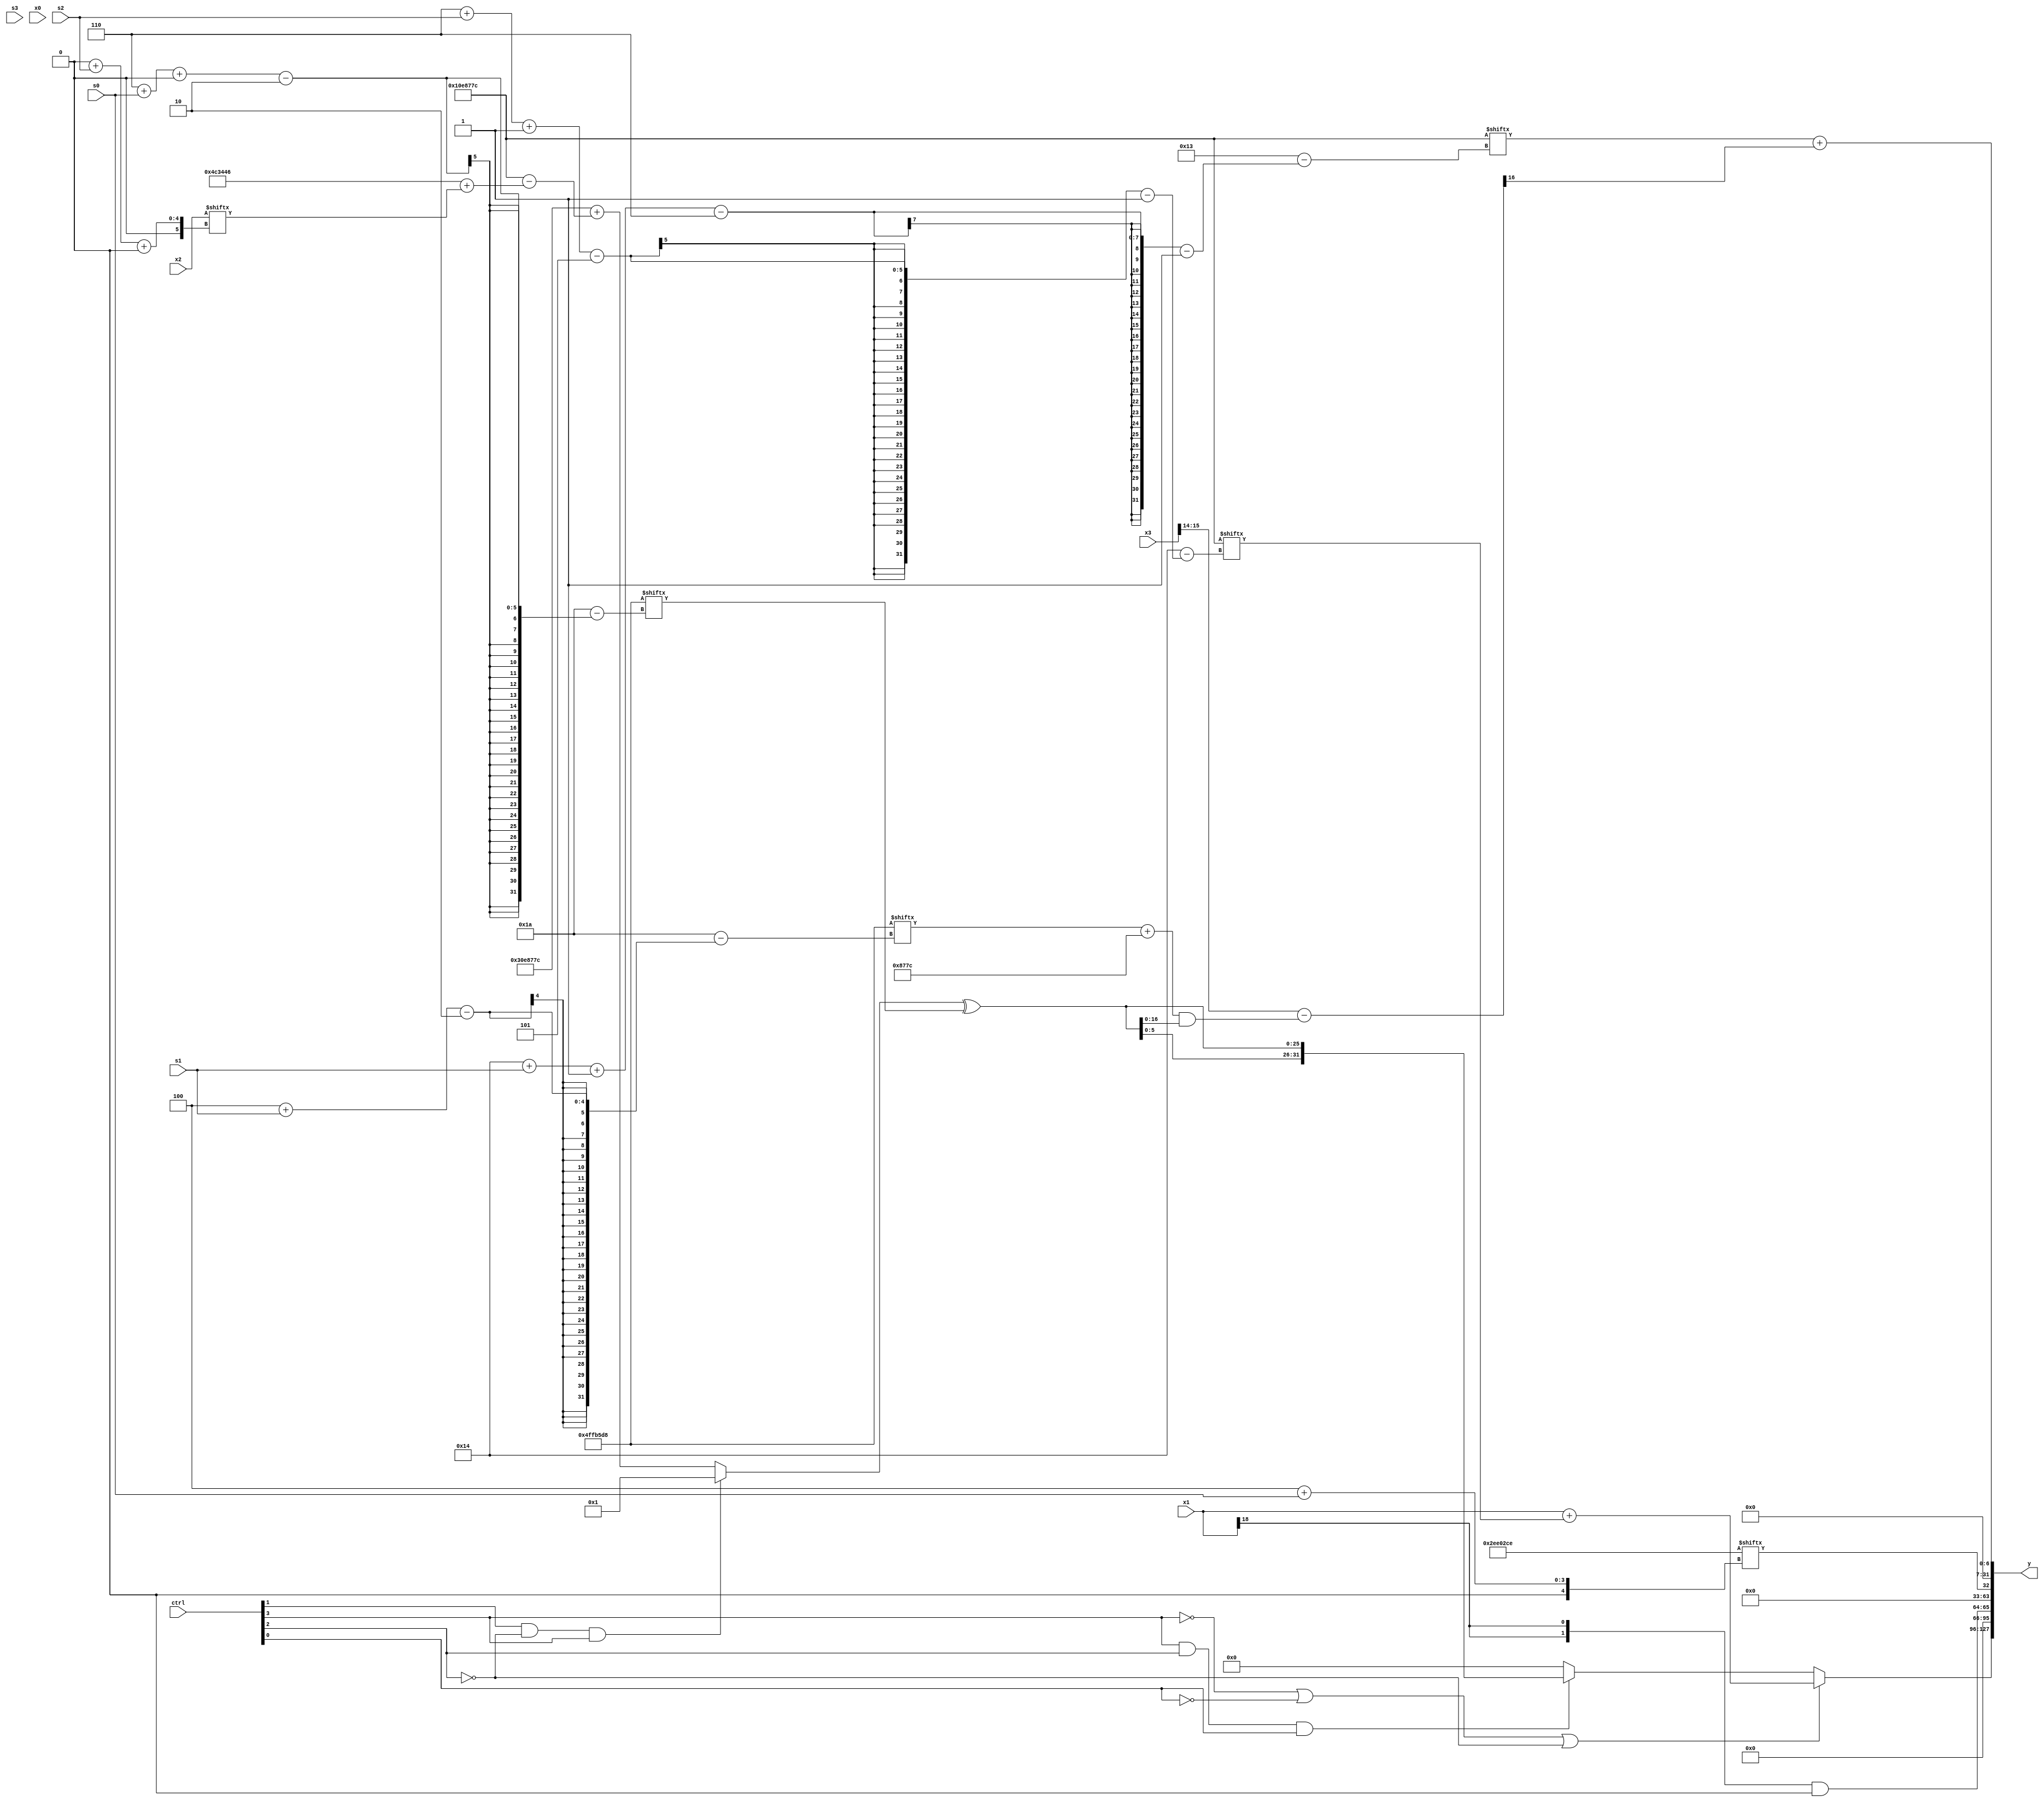
module partsel_00159(ctrl, s0, s1, s2, s3, x0, x1, x2, x3, y);
  input [3:0] ctrl;
  input [2:0] s0;
  input [2:0] s1;
  input [2:0] s2;
  input [2:0] s3;
  input [31:0] x0;
  input [31:0] x1;
  input signed [31:0] x2;
  input signed [31:0] x3;
  wire [4:29] x4;
  wire signed [28:2] x5;
  wire signed [5:31] x6;
  wire signed [1:25] x7;
  wire [1:26] x8;
  wire [0:26] x9;
  wire [28:3] x10;
  wire signed [6:24] x11;
  wire signed [1:24] x12;
  wire [2:30] x13;
  wire signed [3:27] x14;
  wire [27:2] x15;
  output [127:0] y;
  wire [31:0] y0;
  wire signed [31:0] y1;
  wire signed [31:0] y2;
  wire signed [31:0] y3;
  assign y = {y0,y1,y2,y3};
  localparam signed [26:0] p0 = 451805902;
  localparam signed [1:25] p1 = 554600316;
  localparam signed [2:28] p2 = 352302552;
  localparam signed [27:4] p3 = 374092870;
  assign x4 = p3;
  assign x5 = x4;
  assign x6 = p2[6 + s0 +: 1];
  assign x7 = ({2{{2{x0[13 + s0 +: 2]}}}} | {2{(((p1[10 +: 4] ^ x6[24 + s3 +: 6]) + (p0[10] & (x4 - (x4 ^ p3)))) - (((p2[18 -: 2] + x1[28 + s0 -: 1]) + x4[17 +: 2]) & ((x2[18 + s1 -: 1] + ((x0[18] - x5[17 + s0 -: 3]) - x1[11 + s1 +: 5])) + ((x5[15 -: 3] & p3[19 + s1 -: 1]) - x2[11]))))}});
  assign x8 = ((ctrl[1] && !ctrl[2] && ctrl[3] ? p2[18 +: 1] : ({x5[20], p1} + (p1 - (p3 + x2[0 + s2 +: 1])))) ^ {2{x6}});
  assign x9 = {({2{(x7[13 -: 4] | {2{p2[15 +: 3]}})}} + p2[2 + s3 -: 8]), {x6[5 + s3], p3}};
  assign x10 = x1[6 + s0 +: 2];
  assign x11 = p0[10];
  assign x12 = x1[14];
  assign x13 = p2[12 +: 3];
  assign x14 = p0[4 + s3];
  assign x15 = {2{{2{(x3[15 -: 2] - {(x9[15 + s3 +: 4] - x14[11 + s1]), ((p2[4 + s1] + p1) & x8)})}}}};
  assign y0 = (!ctrl[3] || !ctrl[0] || !ctrl[2] ? (x1 + p1[6 + s2 -: 5]) : (ctrl[3] && ctrl[2] && ctrl[0] ? {2{x8}} : p1[13 -: 1]));
  assign y1 = ({2{x1[18]}} & (!ctrl[2] || !ctrl[3] || !ctrl[3] ? p3[8 +: 2] : x4[9]));
  assign y2 = p0[4 + s0];
  assign y3 = ({x13[15 +: 4], p1[20 + s1 -: 6]} + x15[18 +: 1]);
endmodule